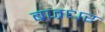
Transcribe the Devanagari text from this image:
बज्रधर